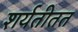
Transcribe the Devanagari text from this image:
शर्यतीतत